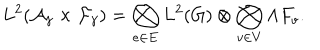
L ^ { 2 } ( { \cal A } _ { \gamma } \times { \cal F } _ { \gamma } ) = \bigotimes _ { e \in E } L ^ { 2 } ( G ) \otimes \bigotimes _ { v \in V } \Lambda F _ { v } .